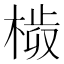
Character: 𣗀